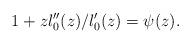
LaTeX: \begin{align*}1+zl_{0}''(z)/l_{0}'(z)=\psi(z).\end{align*}